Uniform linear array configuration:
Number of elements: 48
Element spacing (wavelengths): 0.5
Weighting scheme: hann
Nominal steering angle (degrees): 15
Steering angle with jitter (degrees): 14.956
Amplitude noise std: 0.05
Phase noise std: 0.05

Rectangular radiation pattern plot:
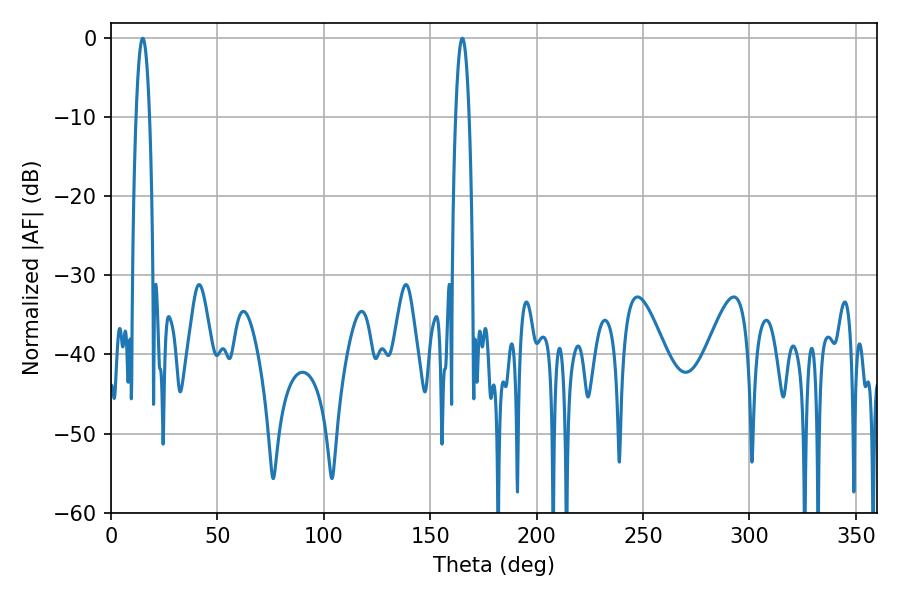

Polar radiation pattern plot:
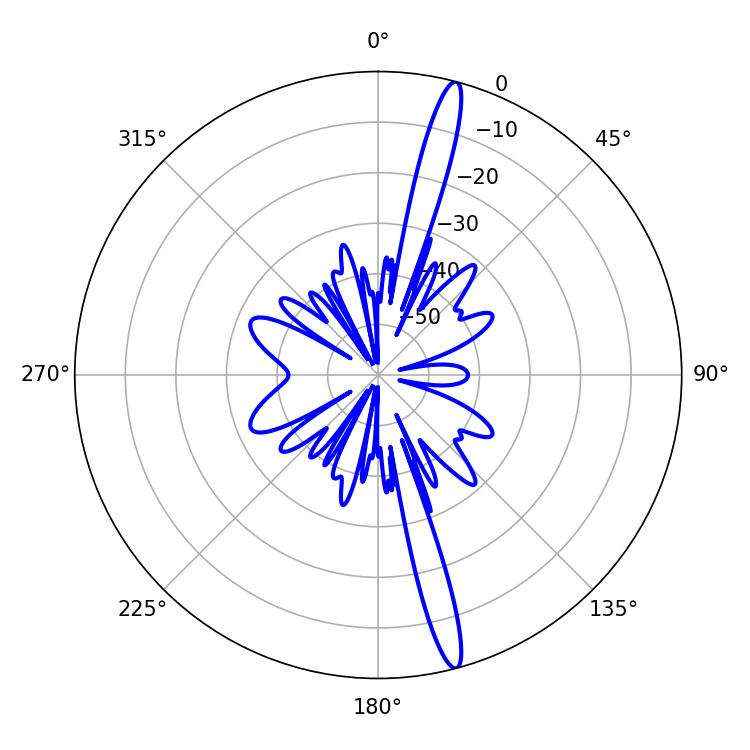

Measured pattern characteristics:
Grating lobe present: FALSE
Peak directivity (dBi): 17.684
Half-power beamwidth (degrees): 3.42
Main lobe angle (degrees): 165.06